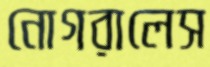
নোগরালেস